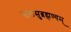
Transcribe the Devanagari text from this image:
बालसुब्रह्मण्यम्